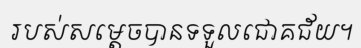
របស់សម្តេចបានទទួលជោគជ័យ។